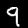
Digit: 9